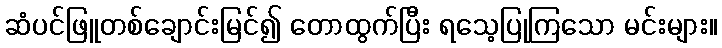
ဆံပင်ဖြူတစ်ချောင်းမြင်၍ တောထွက်ပြီး ရသေ့ပြုကြသော မင်းများ။